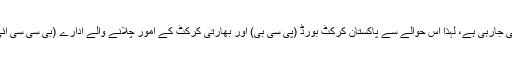
ان کا کہنا تھا کہ ایشیائی شائقین میں ٹیسٹ کرکٹ کے حوالے سے دلچسپی ختم ہوتی جارہی ہے، لہذا اس حوالے سے پاکستان کرکٹ بورڈ (پی سی بی) اور بھارتی کرکٹ کے امور چلانے والے ادارے (بی سی سی آئی) کو آگے آکر ٹیسٹ کرکٹ کے فروغ کے لیے اقدامات کرنے کی ضرورت ہے۔